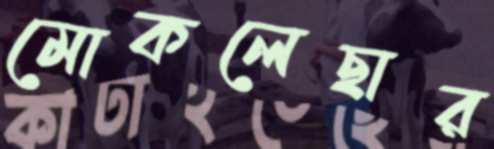
মোকলেছার